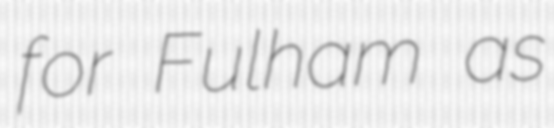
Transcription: for Fulham as